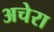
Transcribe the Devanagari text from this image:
अचेरा